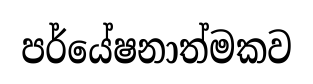
පර්යේෂනාත්මකව